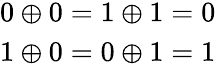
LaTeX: \begin{array}{cc}{0\oplus 0=1\oplus 1=0}\\ {1\oplus 0=0\oplus 1=1}\end{array}